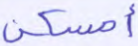
أمسكن